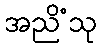
အညိံသု